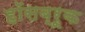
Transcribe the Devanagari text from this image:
हॉसब्रूक